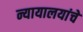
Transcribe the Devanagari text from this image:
न्यायालयांचे